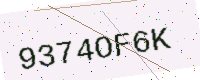
Text: 9374OF6K